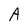
Character: A